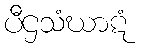
ပီဌသံဃာဋံ